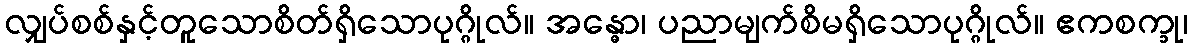
လျှပ်စစ်နှင့်တူသောစိတ်ရှိသောပုဂ္ဂိုလ်။ အန္ဓော၊ ပညာမျက်စိမရှိသောပုဂ္ဂိုလ်။ ဧကစက္ခု၊